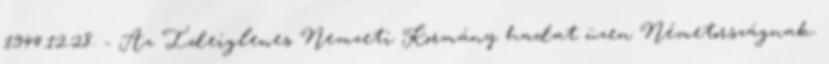
1944.12.28. - Az Ideiglenes Nemzeti Kormány hadat üzen Németországnak.